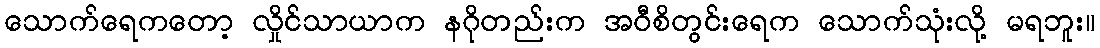
သောက်ရေကတော့ လှိုင်သာယာက နဂိုတည်းက အဝီစိတွင်းရေက သောက်သုံးလို့ မရဘူး။